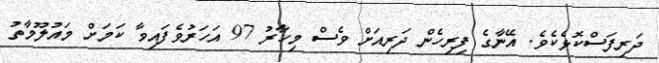
ދަރިފަސްކޮޅެކެވެ. އޭނާގެ ފިރިހެން ދަރިއަށް ވެސް މިހާރު 97 އަހަރުވެފައިވާ ކަމަށް މައުލޫމާތު